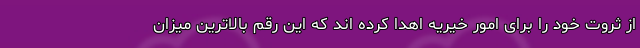
از ثروت خود را برای امور خیریه اهدا کرده اند که این رقم بالاترین میزان